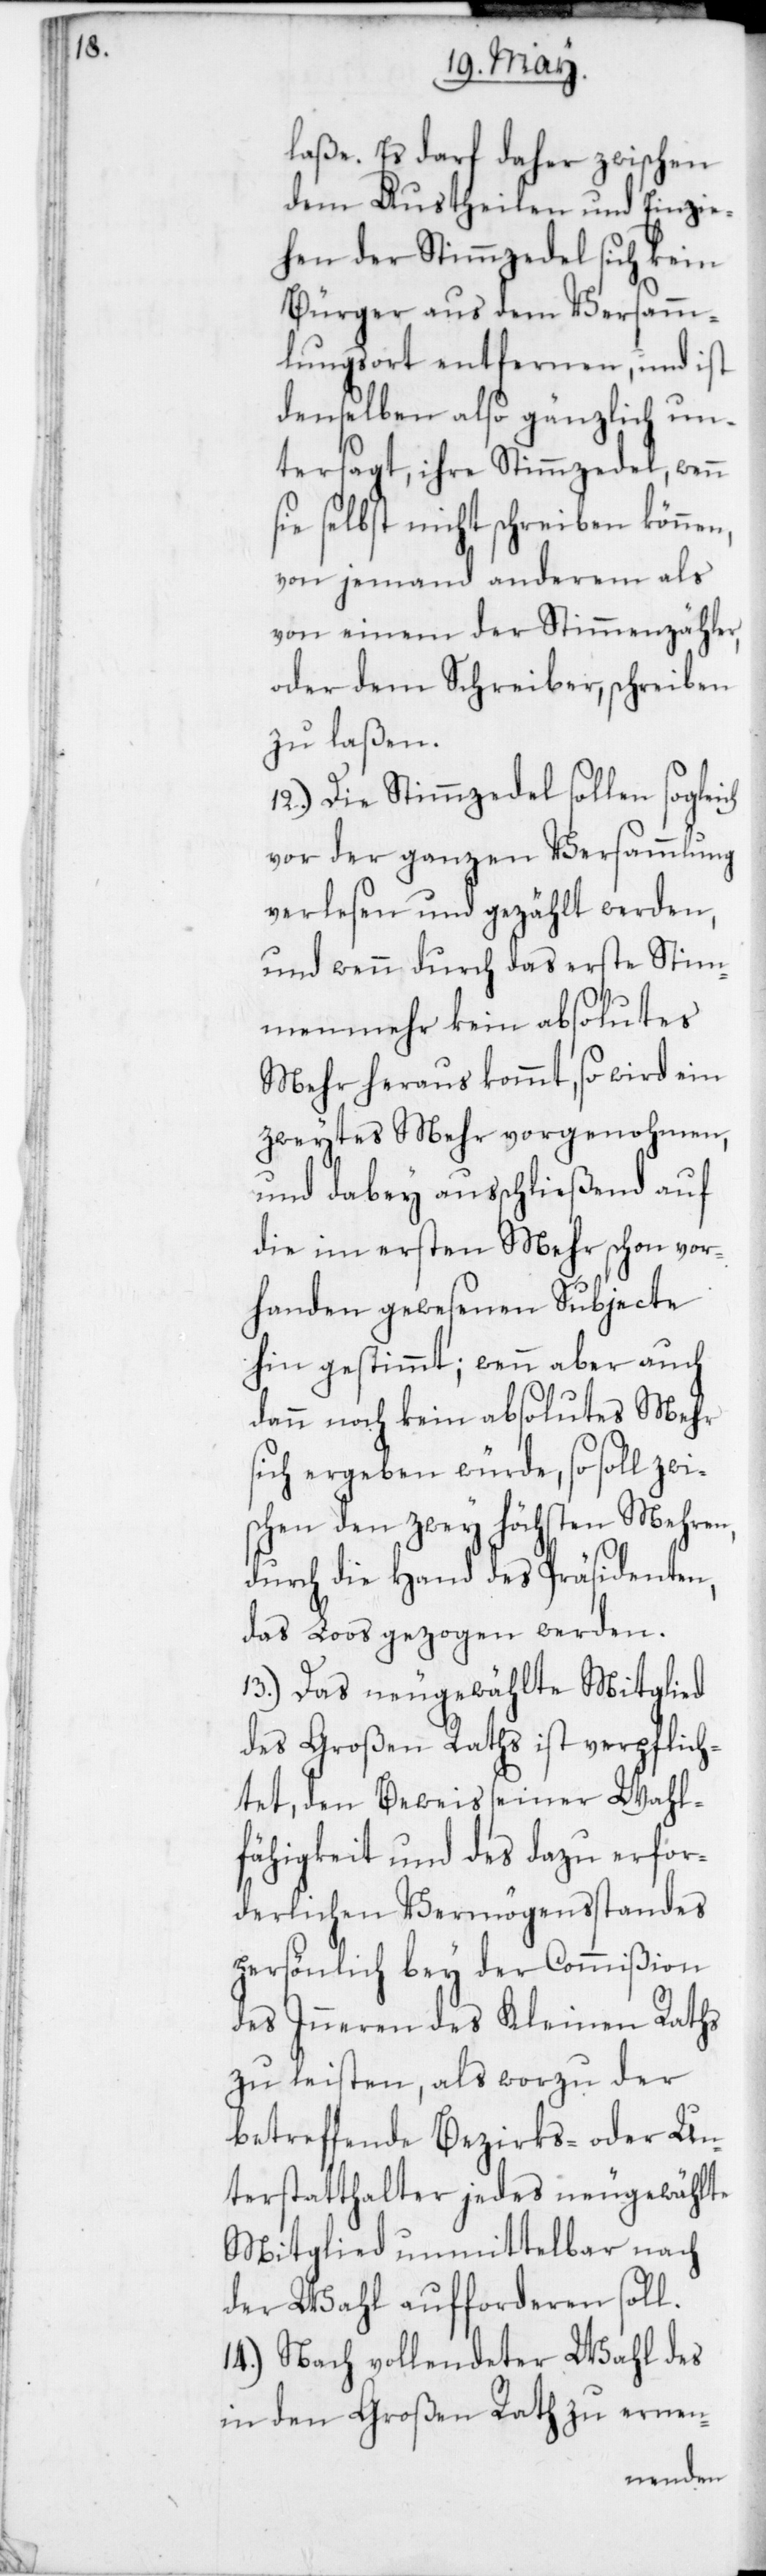
laße. Es darf daher zwischen
dem Austheilen und Einzie¬
hen der Stimmzedel sich kein
Bürger aus dem Versamm¬
lungsort entfernen, und ist
denselben also gänzlich un¬
tersagt, ihre Stimmzedel, wenn
sie selbst nicht schreiben können,
von jemand anderem als
von einem der Stimmzähler
oder dem Schreiber, schreiben
zu laßen.
12. Die Stimmezedel sollen sogleich
vor der ganzen Versammlung
verlesen und gezählt werden,
und wenn durch das erste Stim¬
menmehr kein absolutes
Mehr heraus kommt, so wird ein
zweytes Mehr vorgenohmen,
und dabey ausschließend auf
die im ersten Mehr schon vor¬
handen gewesenen Subjecte
hin gestimmt; wenn aber auch
dann noch kein absolutes Mehr
sich ergeben würde, so soll zwi¬
schen den zwey höchsten Mehren,
durch die Hand des Präsidenten,
das Loos gezogen werden.
13. Das neugewählte Mitglied
des Großen Raths ist verpflich¬
tet, den Beweis seiner Wal¬
fähigkeit und des dazu erfor¬
derlichen Vermögensstandes
persönlich bey der Commißion
des Inneren des Kleinen Raths
zu leisten, als worzu der
betreffende Bezirks- oder Un¬
terstatthalter jedes neugewählte
Mitglied unmittelbar nach
der Wahl aufforderen soll.
14. Nach vollendeter Wahl des
in den Großen Rath zu ernen-